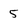
Character: 5